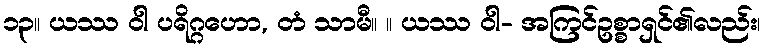
၁၃။ ယဿ ဝါ ပရိဂ္ဂဟော, တံ သာမီ။ ။ ယဿ ဝါ- အကြင်ဥစ္စာရှင်၏လည်း၊